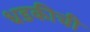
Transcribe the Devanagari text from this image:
धडकीची